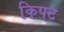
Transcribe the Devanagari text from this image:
किपट